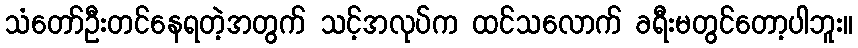
သံတော်ဦးတင်နေရတဲ့အတွက် သင့်အလုပ်က ထင်သလောက် ခရီးမတွင်တော့ပါဘူး။